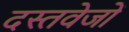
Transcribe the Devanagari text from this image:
दस्तवेजों